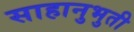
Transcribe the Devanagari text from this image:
साहानुभुती